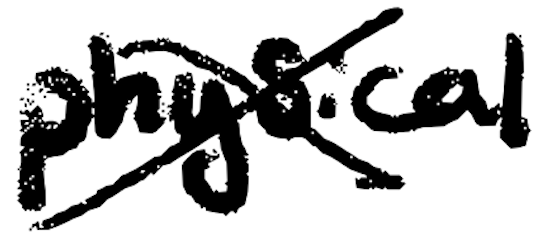
Text: physical
Cross-out: cross
Writing tool: digital_black